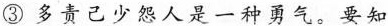
③多责己少怨人是一种勇气。要知